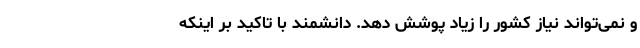
و نمی‌تواند نیاز کشور را زیاد پوشش دهد. دانشمند با تاکید بر اینکه